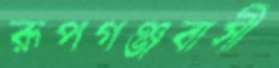
রূপগঞ্জবাসী